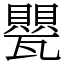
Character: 甖